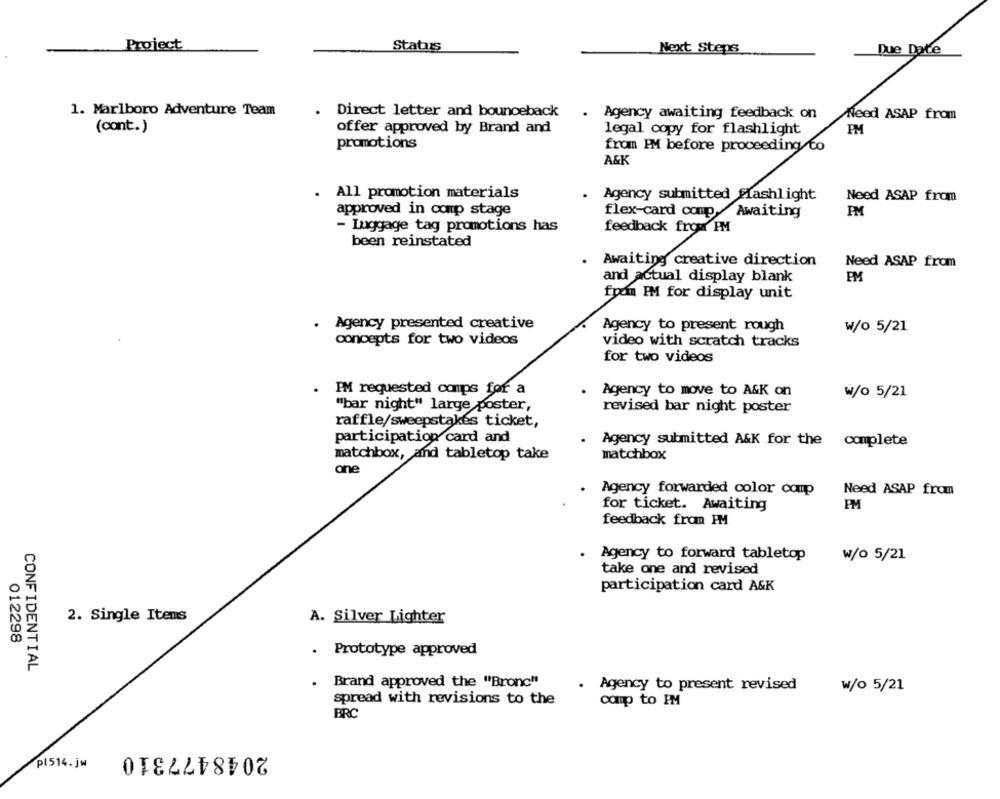
Project
Status
Next Steps
Due Date
1. Marlboro Adventure Team
. Direct letter and bounceback
Agency awaiting feedback on
Need ASAP from
(cant.)
offer approved by Brand and
legal copy for flashlight
PM
promotions
from PM before proceeding to
A&K
. All promotion materials
Agency submitted flashlight
Need ASAP from
approved in comp stage
flex-card comp,
Awaiting
PM
- Luggage tag promotions has
feedback frow PM
been reinstated
Awaiting creative direction
Need ASAP from
and actual display blank
PM
from IM for display unit
. Agency presented creative
Agency to present rough
W/o 5/21
concepts for two videos
video with scratch tracks
for two videos
I'M requested comps for a
Agency to move to A&K on
w/o 5/21
"bar night" large poster,
revised bar night poster
raffle/sweepstakes ticket,
participation card and
.
Agency submitted A&K for the complete
matchbox, and tabletop take
matchbox
one
Agency forwarded color comp
Need ASAP from
for ticket. Awaiting
feedback from PM
Agency to forward tabletop
w/o 5/21
take one and revised
participation card A&K
2. Single Itens
A. Silver Lighter
012298
. Prototype approved
CONFIDENTIAL
Brand approved the "Bronc"
Agency to present revised
w/o 5/21
spread with revisions to the
coup to IM
BRC
2048477310
pl514. jw